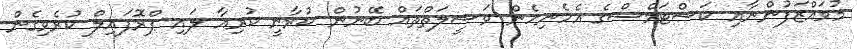
މުވައްޒަފުންނާއި ކަސްޓަމްސްގެ އެހެނިހެން ވަސީލަތްތައް ބޭނުން ކުރާނީ ކުރިއާ ލައި ޕްރޮފައިލް ކުރެވިގެން